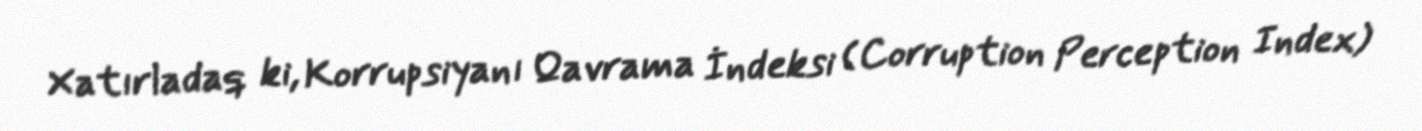
Xatırladaq ki, Korrupsiyanı Qavrama İndeksi (Corruption Perception Index)